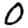
Digit: 0